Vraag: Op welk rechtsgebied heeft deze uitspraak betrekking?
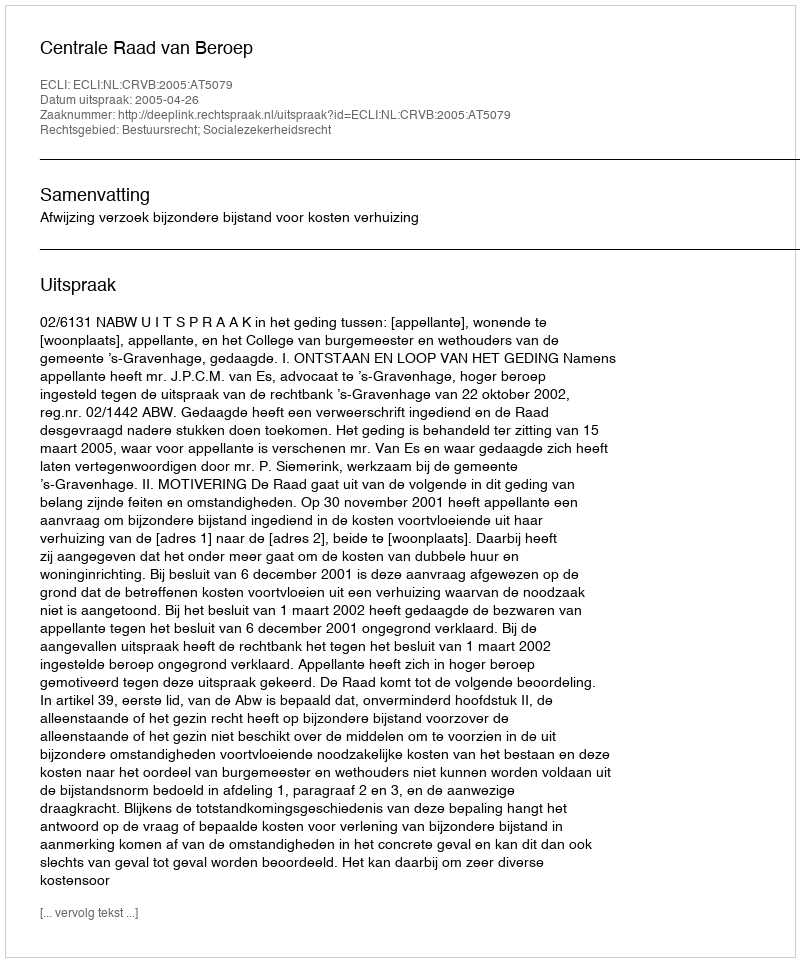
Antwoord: Bestuursrecht; Socialezekerheidsrecht